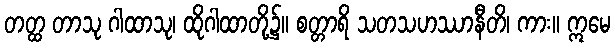
တတ္ထ တာသု ဂါထာသု၊ ထိုဂါထာတို့၌။ စတ္တာရိ သတသဟဿာနီတိ၊ ကား။ ဣမေ